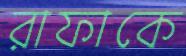
রাফাকে